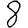
Digit: 8